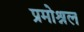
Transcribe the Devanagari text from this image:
प्रमोश्नल